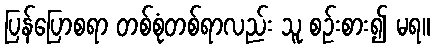
ပြန်ပြောစရာ တစ်စုံတစ်ရာလည်း သူ စဉ်းစား၍ မရ။